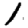
Digit: 1